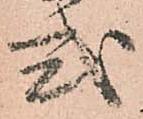
式